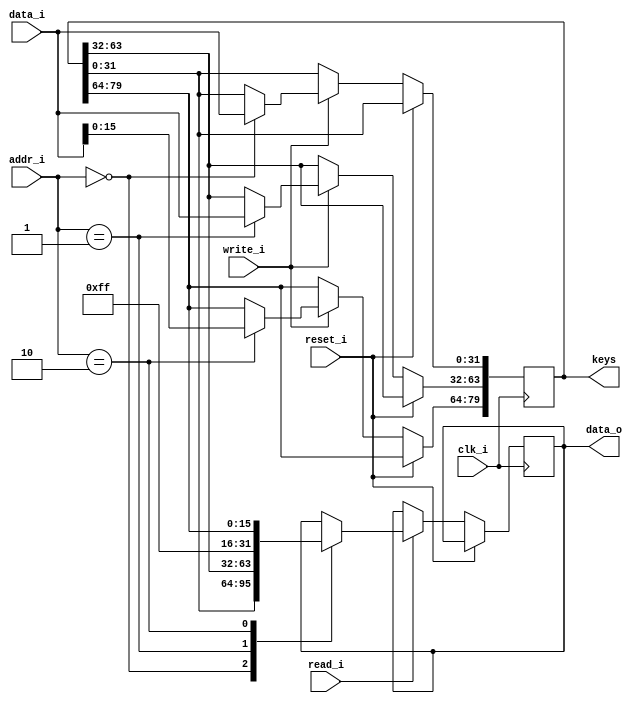
module mmio_1 ( 
	input clk_i,
	input reset_i,
	input [5:0] addr_i,	
	input write_i,
	input read_i,
	input [31:0] data_i,
	output reg [31:0] data_o,
	output [79:0] keys
	);
	reg [79:0] keys_r = 80'hffffffffffffffff;
	assign keys = keys_r;
	always @(negedge clk_i)
	if( !reset_i ) begin
		if( write_i ) begin
			case(addr_i)
				0:	keys_r[31:0] <= data_i;
				1:	keys_r[63:32] <= data_i;
				2:	keys_r[79:64] <= data_i[15:0];
			endcase
		end
		if( read_i ) begin
			case(addr_i)
				0:	data_o <= keys_r[31:0];
				1:	data_o <= keys_r[63:32];
				2:	data_o <= {16'hff,keys_r[79:64]};
			endcase
		end
	end
endmodule